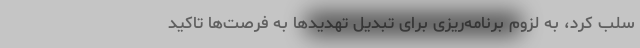
سلب کرد، به لزوم برنامه‌ریزی برای تبدیل تهدیدها به فرصت‌ها تاکید